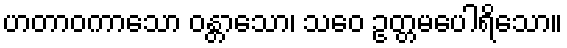
ဟတာဝကာသော ဝန္တာသော၊ သဝေ ဥတ္တမပေါရိသော။